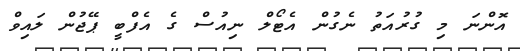
އޮންނަ މި ގުރުއަތު ނެގުން އެޓޯލް ނިއުސް ގެ އެފްބީ ޕޭޖުން ލައިވް